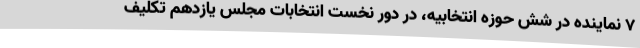
7 نماینده در شش حوزه انتخابیه، در دور نخست انتخابات مجلس یازدهم تکلیف